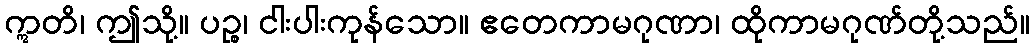
ဣတိ၊ ဤသို့။ ပဉ္စ၊ ငါးပါးကုန်သော။ ဧတေကာမဂုဏာ၊ ထိုကာမဂုဏ်တို့သည်။